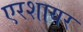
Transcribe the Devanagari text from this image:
एरशायर